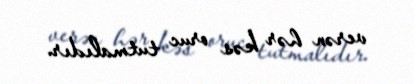
verən hər kəs oruc tutmalıdır.